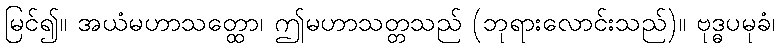
မြင်၍။ အယံမဟာသတ္ထော၊ ဤမဟာသတ္တသည် (ဘုရားလောင်းသည်)။ ဗုဒ္ဓပမုခံ၊